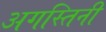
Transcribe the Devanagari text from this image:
अगस्तिनी